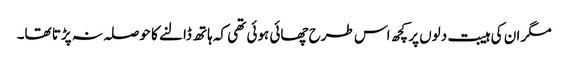
مگر ان کی ہیبت دلوں پر کچھ اس طرح چھائی ہوئی تھی کہ ہاتھ ڈالنے کا حوصلہ نہ پڑتا تھا۔